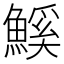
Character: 𮬊